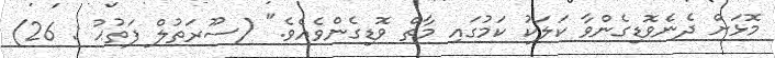
މޮޅަށް ދެނެވޮޑިގެންވާ ކަލަކު ކަމުގައި މާތް ވޮޑިގެންވެއެވެ." (ސޫރަތުލް ފަތުޙު : 26)